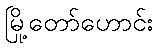
မြို့တော်ဟောင်း